Civil Veterinary Department Bihar & Orissa reports 1929-36 - 1929-1936
Year: 1929
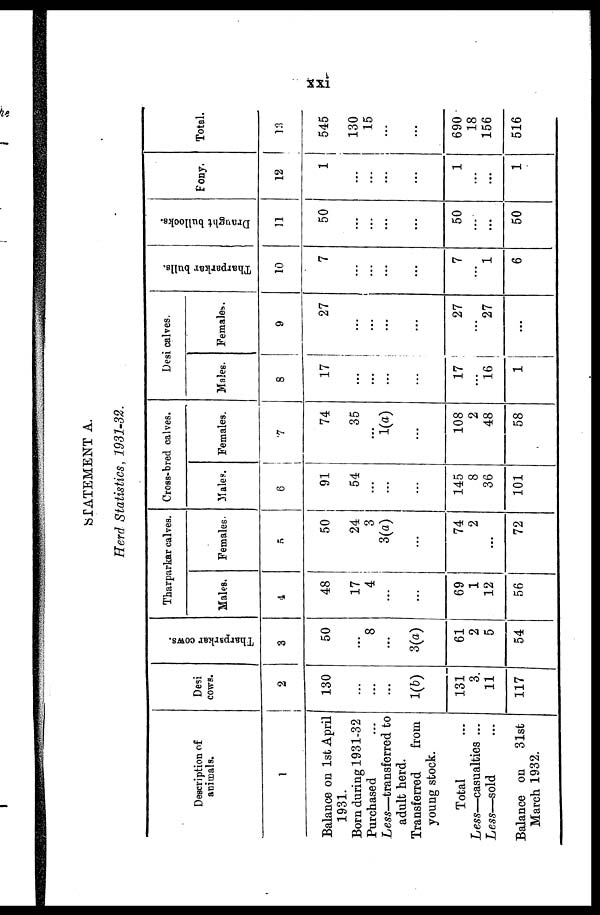
xxi
STATEMENT A.
Herd Statistics, 1931-32.
Description of
animals.
1
Balance on 1st April
1931.
Born during 1931-32
Purchased
Less—transferred to
adult herd.
Transferred
from
young stock.
Total
Less—casualties ...
Less—sold ...
Balance on 31st
March 1932.
Desi
cows.
2
130
...
...
...
1(b)
131
3
11
117
Tharparkar cows.
3
50
...
8
...
3(a)
61
2
5
54
Tharparkar calves.
Males.
4
48
17
4
...
...
69
1
12
56
Females.
5
50
24
3
3(a)
...
74
2
...
72
Cross-bred calves.
Males.
6
91
54
...
...
...
145
8
36
101
Females.
7
74
35
...
1(a)
...
108
2
48
58
Desi calves.
Males.
8
17
...
...
...
...
17
...
16 |
1
Females.
9
27
...
...
...
27
...
27
...
Tharparkar bulls.
10
7
...
...
...
...
7
...
1
6
Draught bullocks.
11
50
...
...
...
...
50
...
...
50
Pony.
12
1
...
...
...
...
1
...
...
1
Total.
13
545
130
15
...
...
690
18
156
516